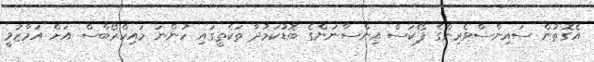
އެގޮތުން ސައިންސްވެރިންގެ ފޯކަސް އިންސާނުންގެ ބޮޑުކަމުދާ ތަކެތީގައި ހުންނަ މައިކްރޯބްސް އަށް އަމާޒުވީ